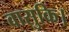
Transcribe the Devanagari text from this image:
वासुकि।